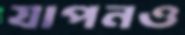
যাপনও